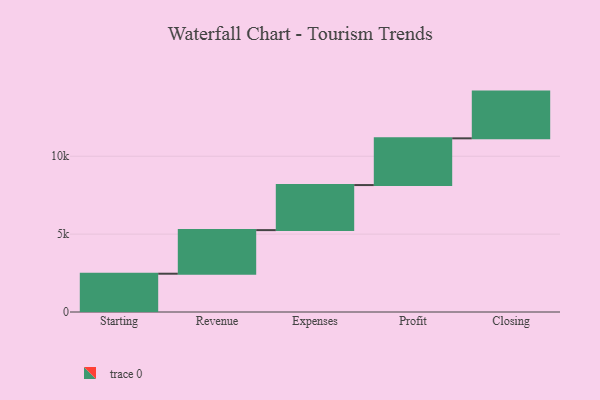
{"axis": {"x": "Step", "y": "Value"}, "legend": [""], "data": [{"x": "Starting", "y": 2458.0, "type": ""}, {"x": "Revenue", "y": 2799.0, "type": ""}, {"x": "Expenses", "y": 2893.0, "type": ""}, {"x": "Profit", "y": 3000, "type": ""}, {"x": "Closing", "y": 3000, "type": ""}]}